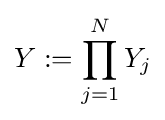
Y:=\prod _{j=1}^{N}Y_{j}